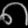
Digit: ၈